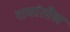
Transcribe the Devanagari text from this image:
रायांतील